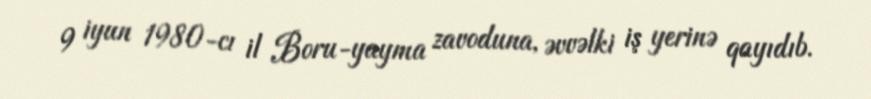
9 iyun 1980-cı il Boru-yayma zavoduna, əvvəlki iş yerinə qayıdıb.